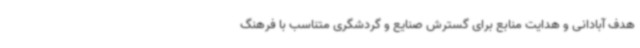
هدف آبادانی و هدایت منابع برای گسترش صنایع و گردشگری متناسب با فرهنگ